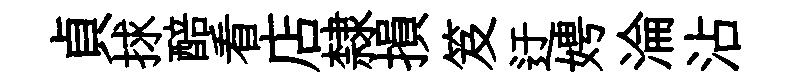
貞捄醅看店隸損笈迂娉淪沾